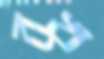
বখ